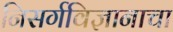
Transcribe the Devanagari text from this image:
निसर्गविज्ञानाचा